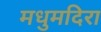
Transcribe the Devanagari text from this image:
मधुमदिरा